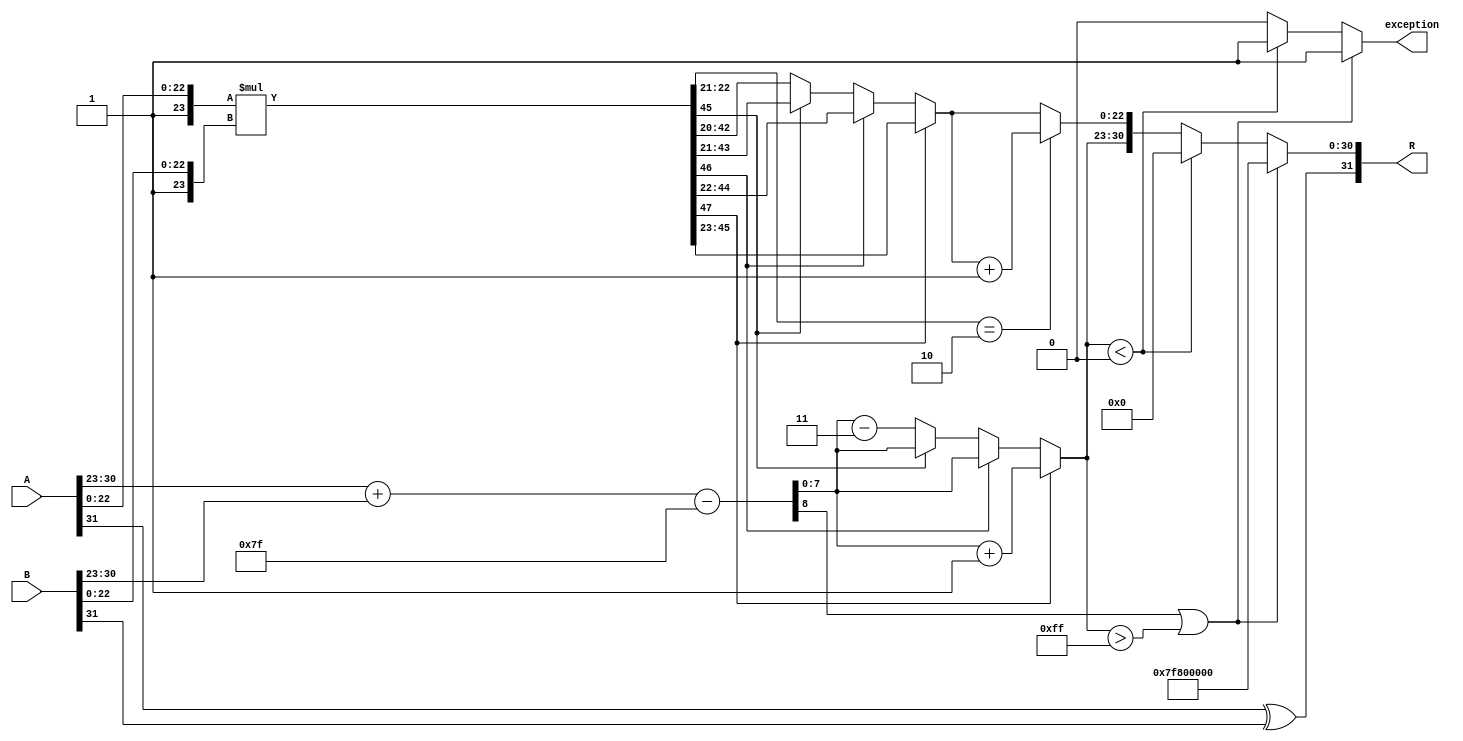
module fp_multiplier (
    input [31:0] A,         // First floating-point input
    input [31:0] B,         // Second floating-point input
    output reg [31:0] R,    // Resulting floating-point output
    output reg exception     // Exception flag for overflow or invalid operations
);

    // Constants
    localparam BIAS = 8'd127;

    // Decomposing inputs
    wire S_A = A[31];
    wire [7:0] E_A = A[30:23];
    wire [22:0] M_A = A[22:0];

    wire S_B = B[31];
    wire [7:0] E_B = B[30:23];
    wire [22:0] M_B = B[22:0];

    // Sign Calculation
    wire S_R = S_A ^ S_B;

    // Exponent Calculation
    wire [8:0] E_R_raw = {1'b0, E_A} + {1'b0, E_B} - BIAS;
    wire [7:0] E_R = E_R_raw[7:0]; // Keep only the lower 8 bits
    wire overflow_exponent = E_R_raw[8]; // Check for overflow

    // Mantissa Calculation (Adding implicit leading 1)
    wire [24:0] M_A_norm = {1'b1, M_A}; // Normalize M_A to 24 bits
    wire [24:0] M_B_norm = {1'b1, M_B}; // Normalize M_B to 24 bits

    // Mantissa Multiplication
    wire [47:0] P = M_A_norm * M_B_norm; // Resulting product from mantissa multiplication

    // Normalization of the product
    reg [23:0] M_R;
    reg [7:0] E_R_final;

    always @* begin
        // Normalizing the product
        if (P[47]) begin
            // Shift right if the first bit is 1
            M_R = P[46:23];
            E_R_final = E_R + 1;
        end
        else if (P[46]) begin
            M_R = P[45:22];
            E_R_final = E_R;
        end
        else if (P[45]) begin
            M_R = P[44:21];
            E_R_final = E_R;
        end
        else begin
            // Product is less than 1, shift right until we find the first '1'
            M_R = P[43:20]; // Assume it will not shift more than 3 times
            E_R_final = E_R - 3;
        end

        // Rounding (simple round towards even)
        if (P[22:21] == 2'b10) begin // Check for rounding condition
            M_R = M_R + 1;
        end

        // Handle overflow/underflow
        if (overflow_exponent || E_R_final > 8'd255) begin
            exception = 1;
            R = {S_R, 8'd255, 23'd0}; // Set result to infinity
        end else if (E_R_final < 8'd0) begin
            exception = 1; // Underflow
            R = {S_R, 8'd0, 23'd0}; // Set result to zero
        end else begin
            exception = 0;
            R = {S_R, E_R_final, M_R[22:0]};
        end
    end

endmodule